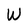
Character: W